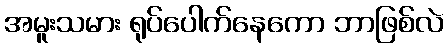
အမူးသမား ရုပ်ပေါက်နေကော ဘာဖြစ်လဲ